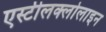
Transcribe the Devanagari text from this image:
एस्टीलक्लोलाइन